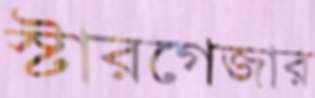
স্টারগেজার